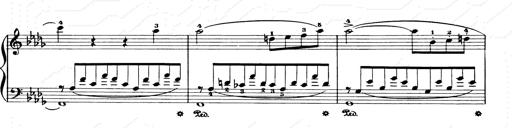
Title: Consolations and LiebestrÃ¤ume for the Piano
Composer: Franz Liszt